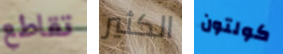
تقاطع الكثير كولتون